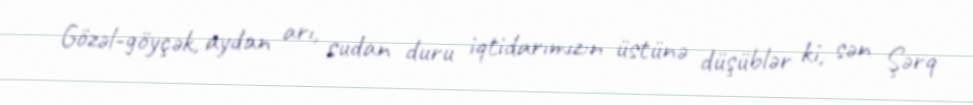
Gözəl-göyçək, aydan arı, sudan duru iqtidarımızın üstünə düşüblər ki, sən Şərq